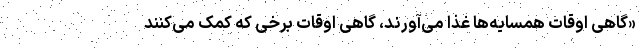
«گاهی اوقات همسایه‌ها غذا می‌آورند، گاهی اوقات برخی که کمک می‌کنند